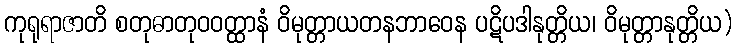
ကုရုရာဇာတိ စတုဓာတုဝဝတ္ထာနံ ဝိမုတ္တာယတနဘာဝေန ပဋိပဒါနုတ္တိယ၊ ဝိမုတ္တာနုတ္တိယ)